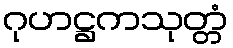
ဂုဟဋ္ဌကသုတ္တံ